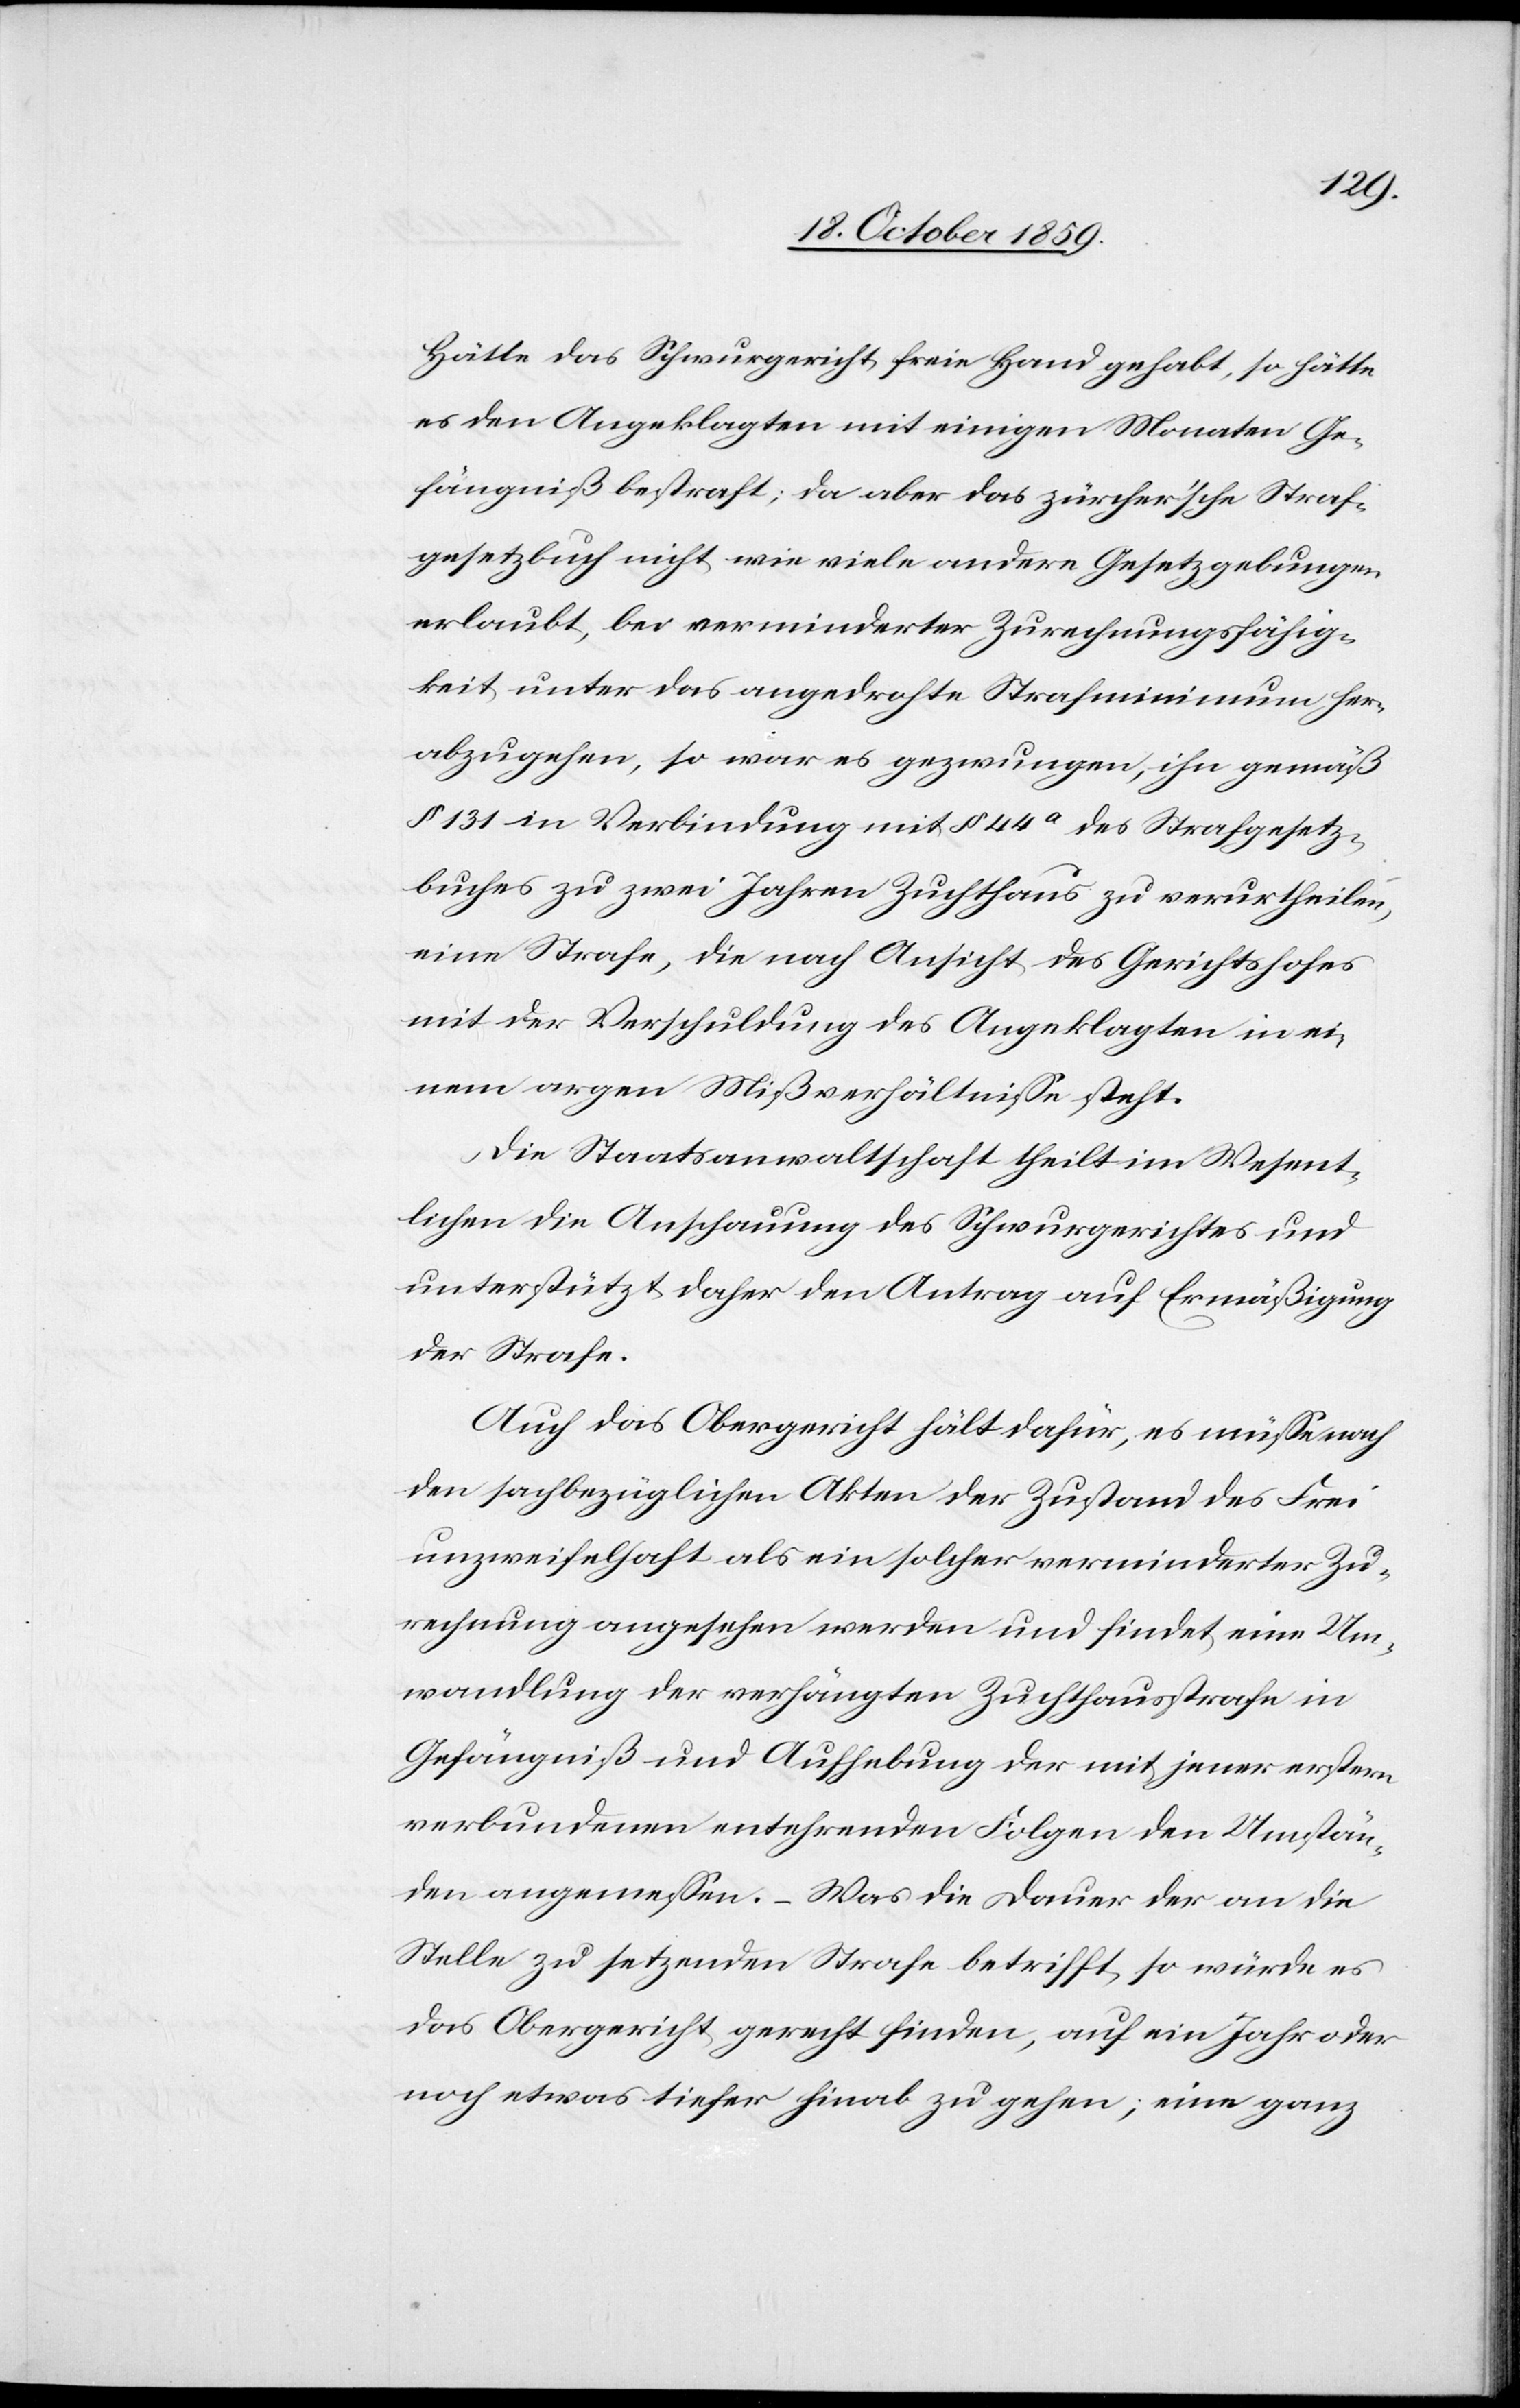
hätte das Schwurgericht freie Hand gehabt, so hätte
es den Angeklagten mit einigen Monaten Ge¬
fängniß bestraft; da aber das zürcher'sche Straf¬
gesetzbuch nicht wie viele andere Gesetzgebungen
erlaubt, bei verminderter Zurechnungsfähig¬
keit unter das angedrohte Strafminimum her¬
abzugehen, so war es gezwungen, ihn gemäß
§ 131 in Verbindung mit § 44a des Strafgesetz¬
buches zu zwei Jahren Zuchthaus zu verurtheilen,
eine Strafe, die nach Ansicht des Gerichtshofes
mit der Verschuldung des Angeklagten in ei¬
nem argen Mißverhältnisse steht.
Die Staatsanwaltschaft theilt im Wesent¬
lichen die Anschauung des Schwurgerichtes und
unterstützt daher den Antrag auf Ermäßigung
der Strafe.
Auch das Obergericht hält dafür, es müsse nach
den sachbezüglichen Akten der Zustand des Frei
unzweifelhaft als ein solcher verminderter Zu¬
rechnung angesehen werden und findet eine Um¬
wandlung der verhängten Zuchthausstrafe in
Gefängniß und Aufhebung der mit jener erstern
verbundenen entehrenden Folgen den Umstän¬
den angemessen. – Was die Dauer der an die
Stelle zu setzenden Strafe betrifft, so würde es
das Obergericht gerecht finden, auf ein Jahr oder
noch etwas tiefer hinab zu gehen; eine ganz